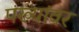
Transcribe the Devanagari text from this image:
पंख्यांवर